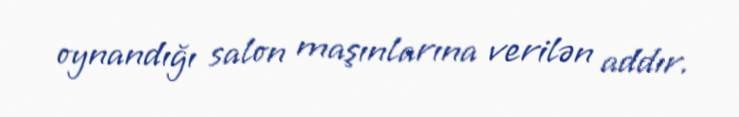
oynandığı salon maşınlarına verilən addır.